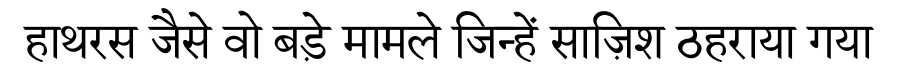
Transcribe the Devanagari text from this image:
हाथरस जैसे वो बड़े मामले जिन्हें साज़िश ठहराया गया